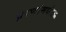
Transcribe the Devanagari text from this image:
प्रेरणांमधील